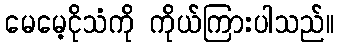
မေမေ့ငိုသံကို ကိုယ်ကြားပါသည်။